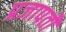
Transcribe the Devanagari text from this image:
प्रजापतौ